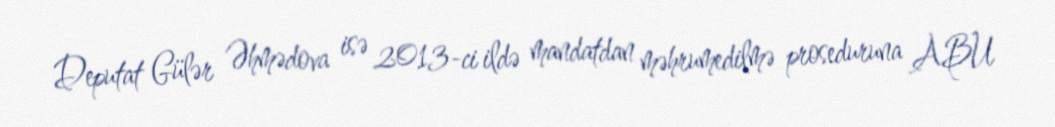
Deputat Gülər Əhmədova isə 2013-ci ildə mandatdan məhrumedilmə proseduruna ABU